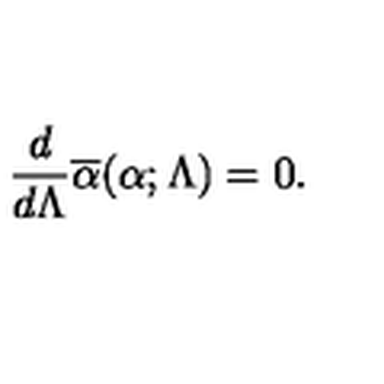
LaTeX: { \frac { d } { d \Lambda } } \overline { \alpha } ( \alpha ; \Lambda ) = 0 .